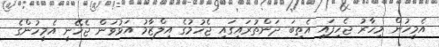
އެމީހުން މިހާރު ޖެހިފައި އެތިބަ ދަންތުރައިގައި ޖެހުމުގެ އިލްޒާމު އަޅުވަން ޖެހޭނީ އެމީހުންގެ